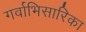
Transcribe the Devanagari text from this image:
गर्वाभिसारिका